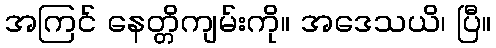
အကြင် နေတ္တိကျမ်းကို။ အဒေသယိ၊ ပြီ။